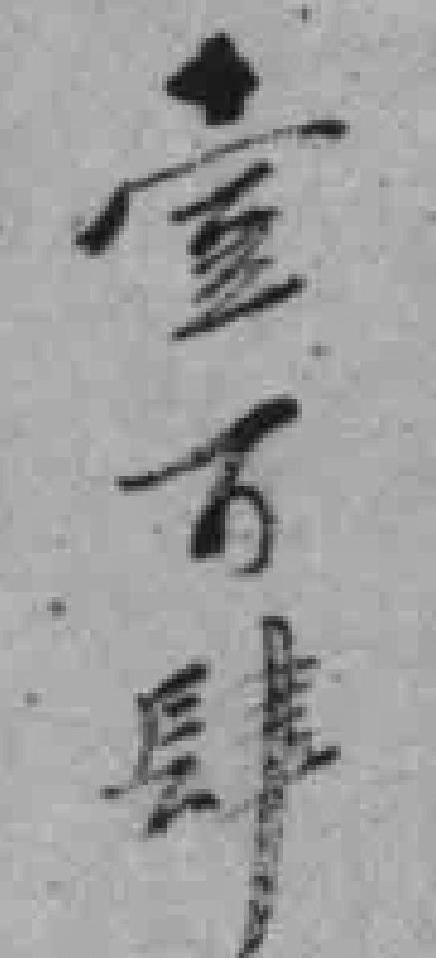
壹万肆